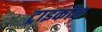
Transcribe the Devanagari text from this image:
ट्राइकॉन